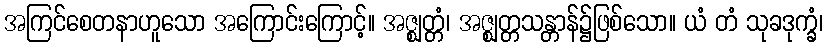
အကြင်စေတနာဟူသော အကြောင်းကြောင့်။ အဇ္ဈတ္တံ၊ အဇ္ဈတ္တသန္တာန်၌ဖြစ်သော။ ယံ တံ သုခဒုက္ခံ၊